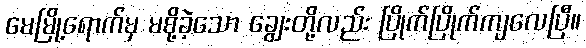
မေမြို့ရောက်မှ မစို့ခဲ့သော ချွေးတို့လည်း ပြိုက်ပြိုက်ကျလေပြီ။